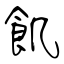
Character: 飢